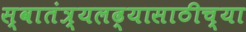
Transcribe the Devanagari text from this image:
स्वातंत्र्यलढ्यासाठीच्या